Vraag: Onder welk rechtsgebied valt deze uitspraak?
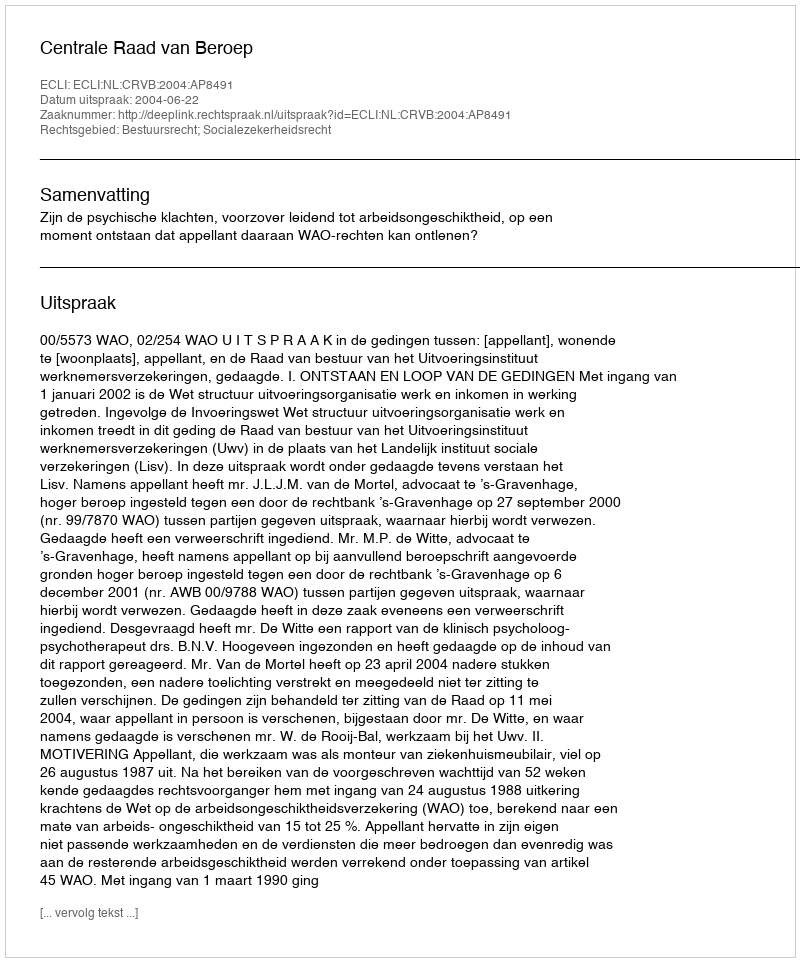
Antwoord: Bestuursrecht; Socialezekerheidsrecht